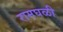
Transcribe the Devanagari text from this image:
रामघळी